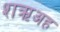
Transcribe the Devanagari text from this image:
शऋअह